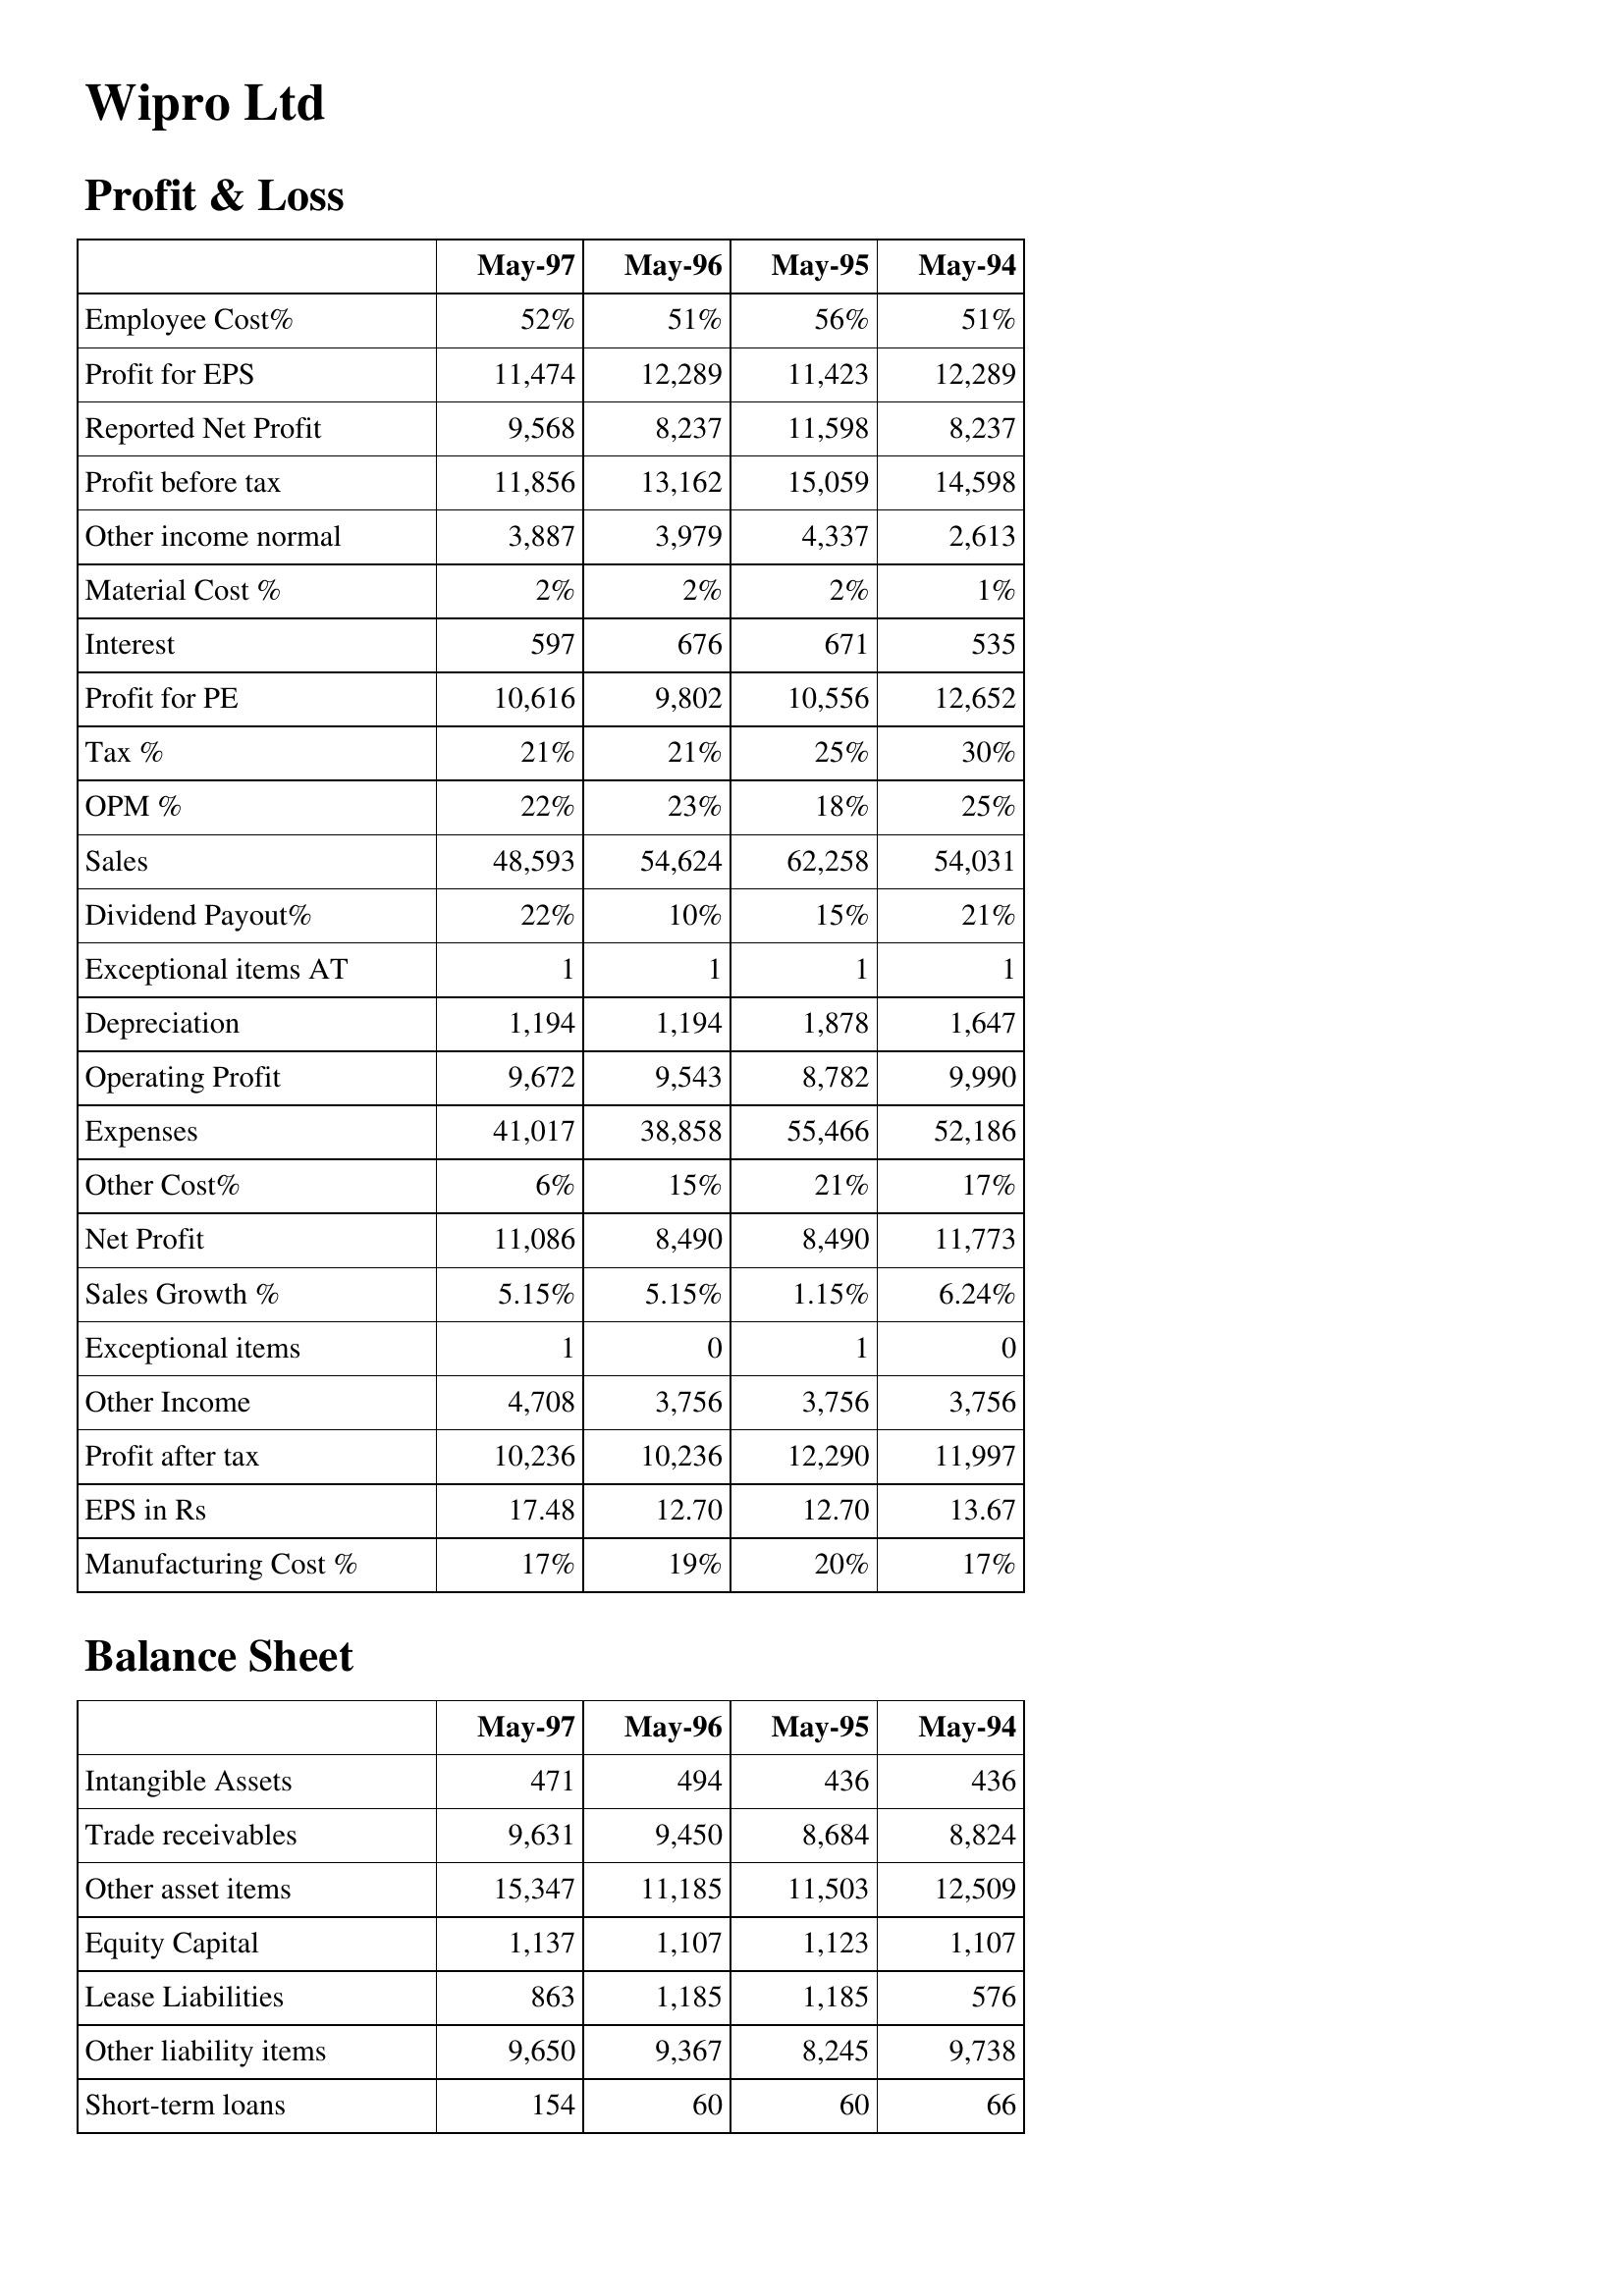
May-97: Profit & Loss: Employee Cost%: 52%
Profit for EPS: 11,474
Reported Net Profit: 9,568
Profit before tax: 11,856
Other income normal: 3,887
Material Cost %: 2%
Interest: 597
Profit for PE: 10,616
Tax %: 21%
OPM %: 22%
Sales: 48,593
Dividend Payout%: 22%
Exceptional items AT: 1
Depreciation: 1,194
Operating Profit: 9,672
Expenses: 41,017
Other Cost%: 6%
Net Profit: 11,086
Sales Growth %: 5.15%
Exceptional items: 1
Other Income: 4,708
Profit after tax: 10,236
EPS in Rs: 17.48
Manufacturing Cost %: 17%
Balance Sheet: Intangible Assets: 471
Trade receivables: 9,631
Other asset items: 15,347
Equity Capital: 1,137
Lease Liabilities: 863
Other liability items: 9,650
Short-term loans: 154
May-96: Profit & Loss: Employee Cost%: 51%
Profit for EPS: 12,289
Reported Net Profit: 8,237
Profit before tax: 13,162
Other income normal: 3,979
Material Cost %: 2%
Interest: 676
Profit for PE: 9,802
Tax %: 21%
OPM %: 23%
Sales: 54,624
Dividend Payout%: 10%
Exceptional items AT: 1
Depreciation: 1,194
Operating Profit: 9,543
Expenses: 38,858
Other Cost%: 15%
Net Profit: 8,490
Sales Growth %: 5.15%
Exceptional items: 0
Other Income: 3,756
Profit after tax: 10,236
EPS in Rs: 12.70
Manufacturing Cost %: 19%
Balance Sheet: Intangible Assets: 494
Trade receivables: 9,450
Other asset items: 11,185
Equity Capital: 1,107
Lease Liabilities: 1,185
Other liability items: 9,367
Short-term loans: 60
May-95: Profit & Loss: Employee Cost%: 56%
Profit for EPS: 11,423
Reported Net Profit: 11,598
Profit before tax: 15,059
Other income normal: 4,337
Material Cost %: 2%
Interest: 671
Profit for PE: 10,556
Tax %: 25%
OPM %: 18%
Sales: 62,258
Dividend Payout%: 15%
Exceptional items AT: 1
Depreciation: 1,878
Operating Profit: 8,782
Expenses: 55,466
Other Cost%: 21%
Net Profit: 8,490
Sales Growth %: 1.15%
Exceptional items: 1
Other Income: 3,756
Profit after tax: 12,290
EPS in Rs: 12.70
Manufacturing Cost %: 20%
Balance Sheet: Intangible Assets: 436
Trade receivables: 8,684
Other asset items: 11,503
Equity Capital: 1,123
Lease Liabilities: 1,185
Other liability items: 8,245
Short-term loans: 60
May-94: Profit & Loss: Employee Cost%: 51%
Profit for EPS: 12,289
Reported Net Profit: 8,237
Profit before tax: 14,598
Other income normal: 2,613
Material Cost %: 1%
Interest: 535
Profit for PE: 12,652
Tax %: 30%
OPM %: 25%
Sales: 54,031
Dividend Payout%: 21%
Exceptional items AT: 1
Depreciation: 1,647
Operating Profit: 9,990
Expenses: 52,186
Other Cost%: 17%
Net Profit: 11,773
Sales Growth %: 6.24%
Exceptional items: 0
Other Income: 3,756
Profit after tax: 11,997
EPS in Rs: 13.67
Manufacturing Cost %: 17%
Balance Sheet: Intangible Assets: 436
Trade receivables: 8,824
Other asset items: 12,509
Equity Capital: 1,107
Lease Liabilities: 576
Other liability items: 9,738
Short-term loans: 66